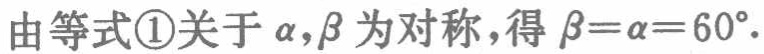
由等式\textcircled{1}关于\(\alpha,\beta\) 为对称，得 \(\beta = \alpha = 60^{\circ}\).